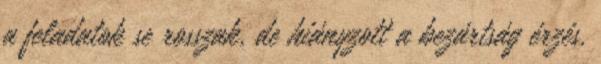
a feladatok se rosszak, de hiányzott a bezártság érzés.